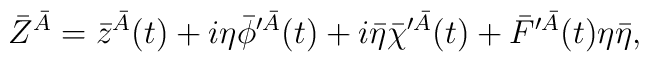
\bar Z^{\bar A}= \bar z^{\bar A}(t) + i\eta \bar\phi^{\prime \bar A}(t) + i\bar\eta \bar\chi^{\prime \bar A}(t) + \bar F^{\prime \bar A}(t)\eta \bar\eta,